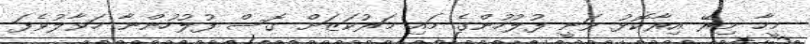
މީހާ މިރޭ އިރާކޮޅު ވަނީ ފުލުހުންގެ މައި މަރުކަޒަށް ގޮސް ފުލުހުންނާ ހަވާލުވެފަ